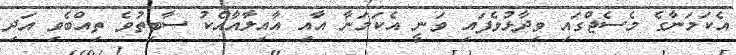
އެކަމަނާގެ މެސެޖްގައި ވިދާޅުވެފައި ވަނީ އެކަމަނާ އާއި އާއިލާއާއެކު ސާބިތުވެ ތިއްބެވި އަދި